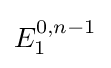
E_{1}^{0,n-1}